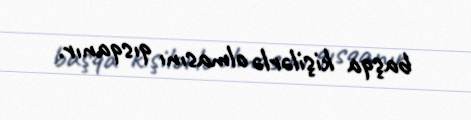
başqa kişilərlə olmasını qısqanır.